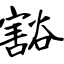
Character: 豁